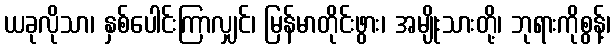
ယခုလိုသာ၊ နှစ်ပေါင်းကြာလျှင်၊ မြန်မာတိုင်းဖွား၊ အမျိုးသားတို့၊ ဘုရားကိုစွန့်၊